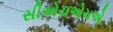
સીએચએચએ